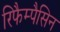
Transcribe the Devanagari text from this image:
रिफैम्पैसिन